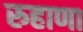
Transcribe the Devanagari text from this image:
रुहाणा